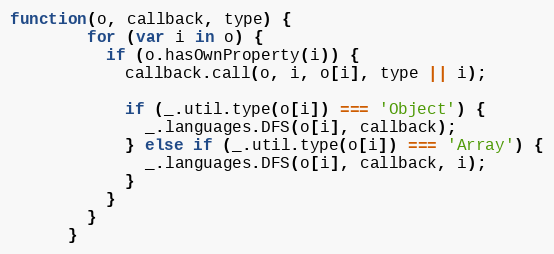
Language: JavaScript
function(o, callback, type) {
        for (var i in o) {
          if (o.hasOwnProperty(i)) {
            callback.call(o, i, o[i], type || i);

            if (_.util.type(o[i]) === 'Object') {
              _.languages.DFS(o[i], callback);
            } else if (_.util.type(o[i]) === 'Array') {
              _.languages.DFS(o[i], callback, i);
            }
          }
        }
      }